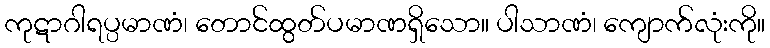
ကုဋာဂါရပ္ပမာဏံ၊ တောင်ထွတ်ပမာဏရှိသော။ ပါသာဏံ၊ ကျောက်လုံးကို။